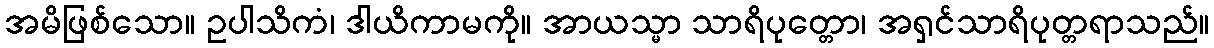
အမိဖြစ်သော။ ဥပါသိကံ၊ ဒါယိကာမကို။ အာယသ္မာ သာရိပုတ္တော၊ အရှင်သာရိပုတ္တရာသည်။